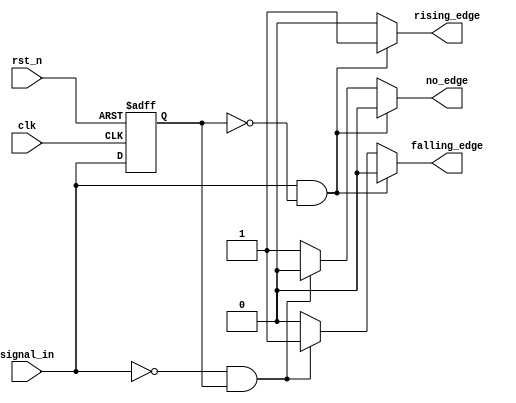
module differential_edge_detector (
    input wire clk,                // Clock input
    input wire rst_n,              // Active low reset
    input wire signal_in,          // Input signal to monitor
    output reg rising_edge,        // Output signal for rising edge detection
    output reg falling_edge,       // Output signal for falling edge detection
    output reg no_edge             // Output signal for no edge detection
);

    reg previous_state;            // Memory block to hold the previous state

    // Sequential logic to store the previous state
    always @(posedge clk or negedge rst_n) begin
        if (!rst_n) begin
            previous_state <= 1'b0; // Initialize to low on reset
        end else begin
            previous_state <= signal_in; // Store current input signal
        end
    end

    // Combinatorial logic for edge detection
    always @(*) begin
        // Default output values
        rising_edge = 1'b0;
        falling_edge = 1'b0;
        no_edge = 1'b1; // Assume no edge initially

        // Edge detection logic
        if (signal_in && !previous_state) begin
            rising_edge = 1'b1; // Rising edge detected
            no_edge = 1'b0;     // No edge is false
        end else if (!signal_in && previous_state) begin
            falling_edge = 1'b1; // Falling edge detected
            no_edge = 1'b0;      // No edge is false
        end
    end

endmodule